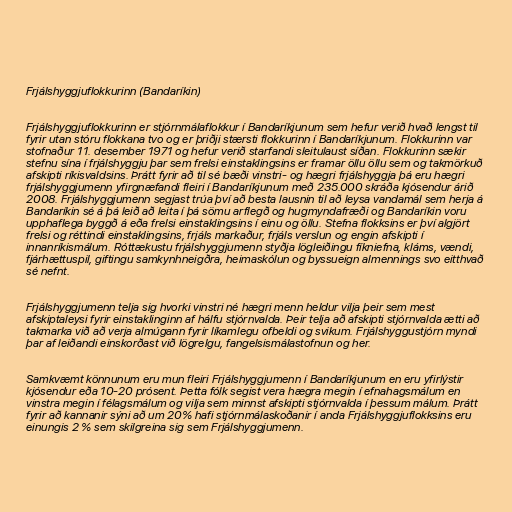
Frjálshyggjuflokkurinn (Bandaríkin)

Frjálshyggjuflokkurinn er stjórnmálaflokkur í Bandaríkjunum sem hefur verið hvað lengst til
fyrir utan stóru flokkana tvo og er þriðji stærsti flokkurinn í Bandaríkjunum. Flokkurinn var
stofnaður 11. desember 1971 og hefur verið starfandi sleitulaust síðan. Flokkurinn sækir
stefnu sína í frjálshyggju þar sem frelsi einstaklingsins er framar öllu öllu sem og takmörkuð
afskipti ríkisvaldsins. Þrátt fyrir að til sé bæði vinstri- og hægri frjálshyggja þá eru hægri
frjálshyggjumenn yfirgnæfandi fleiri í Bandaríkjunum með 235.000 skráða kjósendur árið
2008. Frjálshyggjumenn segjast trúa því að besta lausnin til að leysa vandamál sem herja á
Bandaríkin sé á þá leið að leita í þá sömu arflegð og hugmyndafræði og Bandaríkin voru
upphaflega byggð á eða frelsi einstaklingsins í einu og öllu. Stefna flokksins er því algjört
frelsi og réttindi einstaklingsins, frjáls markaður, frjáls verslun og engin afskipti í
innanríkismálum. Róttækustu frjálshyggjumenn styðja lögleiðingu fíkniefna, kláms, vændi,
fjárhættuspil, giftingu samkynhneigðra, heimaskólun og byssueign almennings svo eitthvað
sé nefnt.

Frjálshyggjumenn telja sig hvorki vinstri né hægri menn heldur vilja þeir sem mest
afskiptaleysi fyrir einstaklinginn af hálfu stjórnvalda. Þeir telja að afskipti stjórnvalda ætti að
takmarka við að verja almúgann fyrir líkamlegu ofbeldi og svikum. Frjálshyggustjórn myndi
þar af leiðandi einskorðast við lögrelgu, fangelsismálastofnun og her.

Samkvæmt könnunum eru mun fleiri Frjálshyggjumenn í Bandaríkjunum en eru yfirlýstir
kjósendur eða 10-20 prósent. Þetta fólk segist vera hægra megin í efnahagsmálum en
vinstra megin í félagsmálum og vilja sem minnst afskipti stjórnvalda í þessum málum. Þrátt
fyrir að kannanir sýni að um 20% hafi stjórnmálaskoðanir í anda Frjálshyggjuflokksins eru
einungis 2 % sem skilgreina sig sem Frjálshyggjumenn.